Annual statistical returns and brief notes on vaccination in Bengal - 1896-1909
Year: 1896
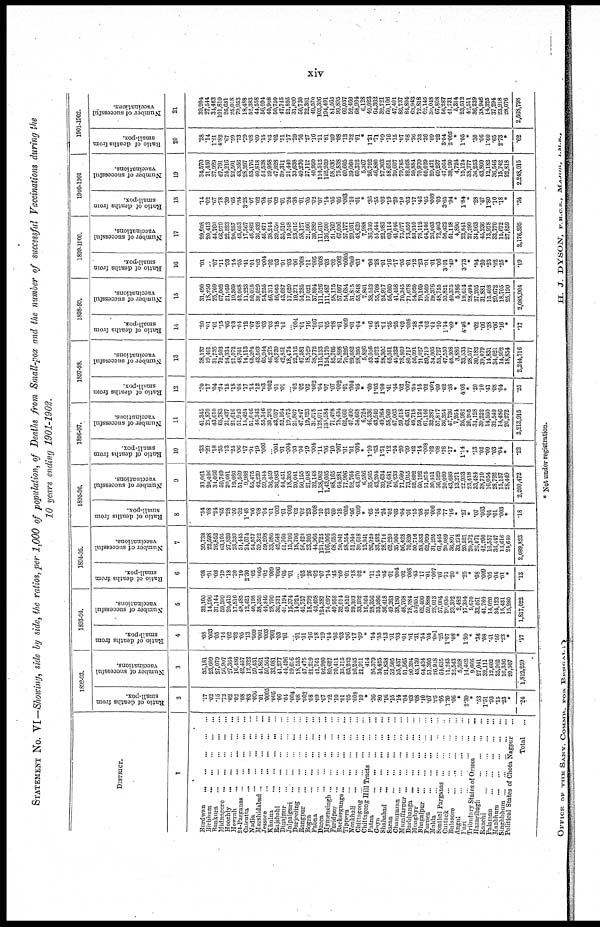
xiv
STATEMENT No. VI—Showing, side by side, the ratios, per 1,000 of population, of Deaths from Small-pox and the number of successful Vaccinations during the
10 years ending 1901-1902.
DISTRICT.
1
Burdwan
... ... ... ... ...
Birbhum
...
...
...
...
...
Bunkum
...
...
...
...
...
Midnapore
...
...
...
...
...
Hooghly ... ... ... ... ...
Howrah
...
...
...
...
...
24-Parganas
...
...
...
...
...
Calcutta
...
...
...
...
...
Nadia
...
...
...
...
...
Murshidabad ... ... ... ... ...
Jessore ... ... ... ... ...
Khulna
...
...
...
...
...
Rajshahi ... ... ... ... ...
Dinajpur
...
...
...
...
...
Jalpaiguri
...
...
...
...
...
Darjeeling
...
...
...
...
...
Rangpur
...
...
...
...
...
Bogra
...
...
...
...
...
Pabna
...
...
...
...
...
Dacca
...
...
...
...
...
Mymensingh
...
...
...
...
...
Faridpur
...
...
...
...
...
Backergunge
...
...
...
...
...
Tippera
...
...
...
...
...
Noakhali
...
...
...
...
...
Chittagong ... ... ... ... ...
Chittagong Hill Tracts ...
...
...
Patna
...
...
...
...
...
Gaya
...
...
...
...
...
Shahabad
...
...
...
...
...
Saran
...
...
...
...
...
Champaran
...
...
...
...
...
Muzaffarpur ... ... ... ... ...
Darbhanga
...
...
...
...
...
Monghyr
...
...
...
...
...
Bhagalpur
...
...
...
...
...
Purnea
...
...
...
...
...
Malda
...
...
...
...
...
Sonthal Parganas ... ... ... ...
Cuttack
...
...
...
...
...
Bulasore
...
...
...
...
...
Angul
...
...
...
...
...
Pari
...
...
...
...
...
Tributary States of Orissa ... ...
Hazaribagh
...
...
...
...
Ranchi
...
...
...
...
...
Palamau
...
...
...
...
...
Manbhum
...
...
...
...
...
Singhbhum ... ... ... ... ...
Political States of Chota Nagpur ...
Total ...
1892-93.
Ratio of deaths from
small-pox.
2
.17
.02
.15
.72
.02
.02
.08
.03
.006
.01
.0005
.005
.06
.01
.004
.08
.003
.08
.09
.67
.12
.10
.01
.05
.003
.10
*
.36
.80
.16
.15
.14
.04
.03
.08
.10
.07
.05
.05
1.30
.06
*
2.39
*
.53
1.51
.93
.15
.23
*
.24
Number of successful
vaccinations.
3
35,181
23,609
27,079
50,907
27,364
16,486
42,457
12,322
59,431
41,861
50,564
33,081
41,277
44,496
19,616
18,553
47,475
21,219
41,761
92,990
80,627
70,411
35,115
63,232
26,245
21,911
414
26,379
34,425
21,838
52,505
25,437
51,565
90,394
43,139
64,424
51,305
26,948
64,635
11,243
22,543
5,308
14,462
9,666
27,041
32,111
12,602
35,962
16,336
20,307
1,812,259
1893-94.
Ratio of deaths from
small-pox.
4
.08
.003
.05
.14
.02
.02
.05
.13
.009
.001
.003
.001
.03
.01
...
.01
.01
.16
.18
.19
.14
.06
.03
.06
.17
.09
*
.14
.55
.13
.01
.03
.01
.01
.31
.54
.04
.001
.25
1.07
.08
*
1.80
*
.34
.08
.41
.56
.23
*
.17
Number of successful
vaccinations.
5
32,100
14,996
31,144
59,399
20,413
17,816
49,485
12,421
40,198
38,355
44,846
28,790
36,731
41,194
15,374
14,924
45,757
18,792
43,408
124,387
74,097
49,958
32,014
49,810
29,303
33,592
16,564
28,356
33,986
36,418
49,263
38,180
48,768
78,384
54,451
62,400
59,888
28,013
57,004
20,039
23,392
2,482
17,394
9,670
33,461
41,769
14,020
34,123
15,431
15,280
1,817,022
1894-95.
Ratio of deaths from
small-pox.
6
.08
.01
.08
.19
.18
.20
.10
2.30
.02
.005
.02
.009
.006
.05
.01
...
.03
.26
.02
.07
.14
.45
.09
.01
.18
.02
*
.11
.14
.05
.01
.004
.02
.008
.43
.17
.01
.007
.07
.71
.20
*
.25
*
.08
.009
.05
.04
.01
*
.13
Number of successful
vaccinations.
7
39,738
22,598
26,852
63,105
27,826
23,239
51,445
24,674
54,577
39,322
59,208
33,086
42,648
51,760
15,706
18,706
56,420
23,205
44,966
121,723
106,006
68,659
50,041
58,554
51,940
30,618
13,941
26,020
33,482
28,714
62,220
35,906
56,428
70,820
50,716
53,533
62,999
31,295
61,445
20,089
36,891
33,278
20,521
20,372
26,671
42,200
16,557
36,447
13,616
24,610
2,089,823
1895-96.
Ratio of deaths from
small-pox.
8
.34
.08
.24
.65
.28
.50
.32
1.48
.06
.08
.04
.01
.002
.01
.002
.02
.02
.23
.008
.10
.23
.60
.18
.005
.06
.009
*
.65
.16
.24
.02
.03
.04
.01
.15
.08
.01
.006
.04
.77
.16
*
.27
*
.07
.003
.01
.01
.003
*
.18
Number of successful
vaccinations.
9
31,061
20,406
34,066
59,749
20,601
19,080
51,569
9,988
55,475
42,239
59,344
36,459
36,983
44,451
18,395
20,041
50,155
21,048
32,148
1,38,062
1,43,005
88,165
64,281
77,906
52,764
43,570
6,586
35,565
43,204
39,634
76,681
46,233
71,609
73,955
52,892
60,192
51,875
30,451
56,529
20,099
43,688
13,271
22,933
23,418
33,484
38,710
16,054
28,792
15,157
28,449
2,200,472
1896-97.
Ratio of deaths from
small-pox.
10
.33
.29
.18
.35
.13
.24
.06
.17
.01
.19
.006
... .001
.01
.004
.03
.04
.19
.004
.11
.06
.10
.007
.01
.01
.004
*
1.10
.63
1.51
.12
.24
.20
.09
.42
.14
.008
.02
.08
.78
.17
*
1.14
*
.13
.02
.09
.03
.04
*
.22
Number of successful
vaccinations.
11
41,345
25,870
43,610
65,783
21,437
21,616
51,943
14,424
51,046
46,343
55,346
30,203
43,957
52,164
19,073
21,867
47,847
19,523
31,078
128,071
134,584
71,428
78,434
62,660
47,490
54,668
6,724
46,336
43,549
49,964
58,969
47,063
59,018
63,451
49,718
59,124
61,146
32,387
57,817
36,354
47,736
7,264
26,982
20,205
31,128
39,222
14,560
32,540
14,486
26,272
2,213,915
1897-98.
Ratio of deaths from
small-pox.
12
.30
.17
.04
.24
.15
.18
.08
.17
.14
.12
.03
.002
.01
.01
... .02
.02
.02
.002
.04
.07
.07
.002
.01
.004
.05
*
.60
1.03
1.00
.41
.44
.02
.007
.54
15
.02
.001
.09
.62
.38
*
4.08
*
.20
.10
.47
.08
.04
*
.25
Number of successful
vaccinations.
13
38,137
19,461
31,735
72,503
24,334
21,072
48,761
14,113
65,204
43,563
65,944
46,275
48,739
42,851
18,474
22,112
47,581
18,529
38,772
115,133
124,170
85,705
81,898
70,226
29,682
28,395
5,826
43,056
44,672
28,302
65,051
45,332
78,809
80,717
56,091
71,627
69,719
34,605
53,727
47,550
48,308
3,886
33,533
28,577
30,182
39,079
14,831
34,021
14,992
18,854
2,244,716
1898-99.
Ratio of deaths from
small-pox.
14
.20
.01
.01
.15
.05
.03
.04
.12
.07
.08
.03
.03
.18
.01
... .004
.01
.16
.007
.01
.05
.08
.01
.009
.01
.04
*
.06
.28
.01
.35
.25
.62
.008
.28
.14
.02
.01
.10
1.14
.60
*
4.46
*
.02
.06
.38
.06
16
*
.17
Number of successful
vaccinations.
15
31,490
18,250
25,769
67,002
21,959
19,369
43,068
11,223
50,015
38,029
54,255
46,311
46,065
43,687
17,620
19,271
54,285
17,021
37,894
111,526
111,487
58,175
57,097
54,684
31,815
55,848
7,861
38,522
55,708
24,917
55,660
41,458
70,345
71,678
54,920
79,169
59,569
29,376
48,755
53,821
49,375
5,386
19,614
28,494
27,205
31,881
15,408
29,672
18,705
25,190
2,085,904
1899-1900.
Ratio of deaths from
small-pox.
16
.01
... .07
.11
.03
.14
.05
.41
.01
.02
.004
.02
.03
.01
.03
.06
.008
.11
.005
.008
.03
.02
.002
.0005
.009
.03
*
.06
.28
.01
.16
.17
.05
.01
.12
.23
.01
.01
.06
3.01
.49
*
3.73
*
.04
.20
.23
.02
.25
*
.19
Number of successful
vaccinations.
17
29,008
20,413
44,760
66,979
22,523
20,257
43,653
17,567
48,862
36,432
45,471
38,244
39,950
35,510
19,548
23,615
58,127
21,566
30,389
111,610
136,500
51,769
67,006
57,177
29,951
48,629
7,988
36,349
55,444
22,983
69,114
41,046
75,077
73,850
53,910
78,112
64,146
26,003
72,403
56,422
51,118
4,896
22,841
27,299
34,963
45,236
13,978
33,770
15,672
27,859
2,176,895
1900-1901
Ratio of deaths from
small-pox.
18
.14
.02
.67
.78
.39
.65
.34
3.28
.07
.02
.04
.01
.02
.01
.24
.38
.01
.05
.02
.07
.14
.05
.05
.003
.10
.01
*
.36
.55
.03
.19
.29
.10
.03
.17
.46
.05
.008
.03
3.65
.94
*
1.84
*
.28
.47
1.80
.10
.18
*
.34
Number of successful
vaccinations.
19
34,570
21,450
37,929
67,791
24,216
22,501
43,356
28,397
53,176
40,818
54,538
39,958
47,828
89,811
21,440
33,638
49,270
27,112
40,950
114,512
152,959
58,036
75,838
60,605
39,060
60,312
5,367
26,792
46,880
27,303
58,651
39,697
79,785
82,058
59,884
70,970
60,029
29,471
60,237
47,664
38,190
4,724
15,124
38,277
36,253
43,800
12,182
36,546
15,742
22,818
2,248,015
1901-1902.
Ratio of deaths from
small-pox.
20
.28
.14
1.21
4.82
.67
.59
.73
.79
.08
.09
.15
.03
.02
.51
.17
.29
.76
.27
.16
.21
.81
.09
.08
.12
.32
.01
*
1.21
.71
.09
.16
.15
.07
.08
.30
.33
.36
.09
.22
3.04
2.005
*
1.05
*
.30
.06
1.60
.65
2.78
*
.62
Number of successful
vaccinations.
21
39,994
27,544
34,463
101,810
26,681
25,018
79,953
18,488
52,383
44,558
56,994
40,908
50,750
47,745
21,895
31,899
50,730
22,361
49,570
103,306
194,491
81,565
99,895
69,037
52,469
68,994
6,128
49,023
64,362
32,721
60,106
47,401
86,737
84,804
63,943
72,818
62,145
30,048
67,808
56,287
41,731
5,314
23,512
42,511
36,239
38,946
14,325
37,294
23,918
28,076
2,568,798
* Not under registration.
OFFICE OF THE SANY. COMMR. FOR BENGAL ;
H. J. DYSON, F.R.C.S., MAJOR, I.M.S.,